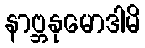
နာဗ္ဘနုမောဒါမိ